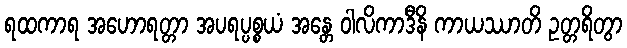
ရထကာရ အဟောရတ္တာ အပရပ္ပစ္စယံ အန္တေ ဝါလိကာဒီနိ ကာယဿာတိ ဥတ္တရိတွာ